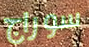
سوراج